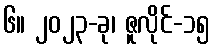
၆။ ၂၀၂၃-ခု၊ ဇူလိုင်-၁၅